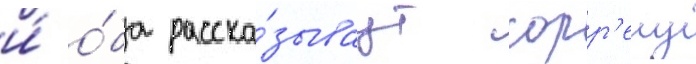
и́ о́ба расска́зываут сорр'елу